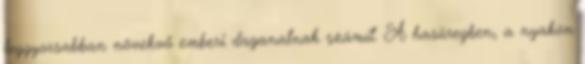
leggyorsabban növekvő emberi daganatnak számít. A hasüregben, a nyakon